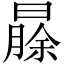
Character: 𬁐